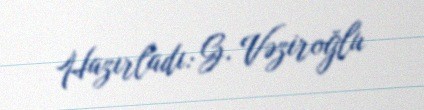
Hazırladı: G. Vəziroğlu